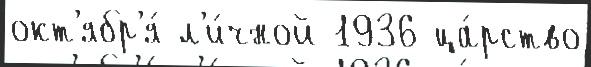
окт'ябр'я́ л'и́чной 1936 ца́рство